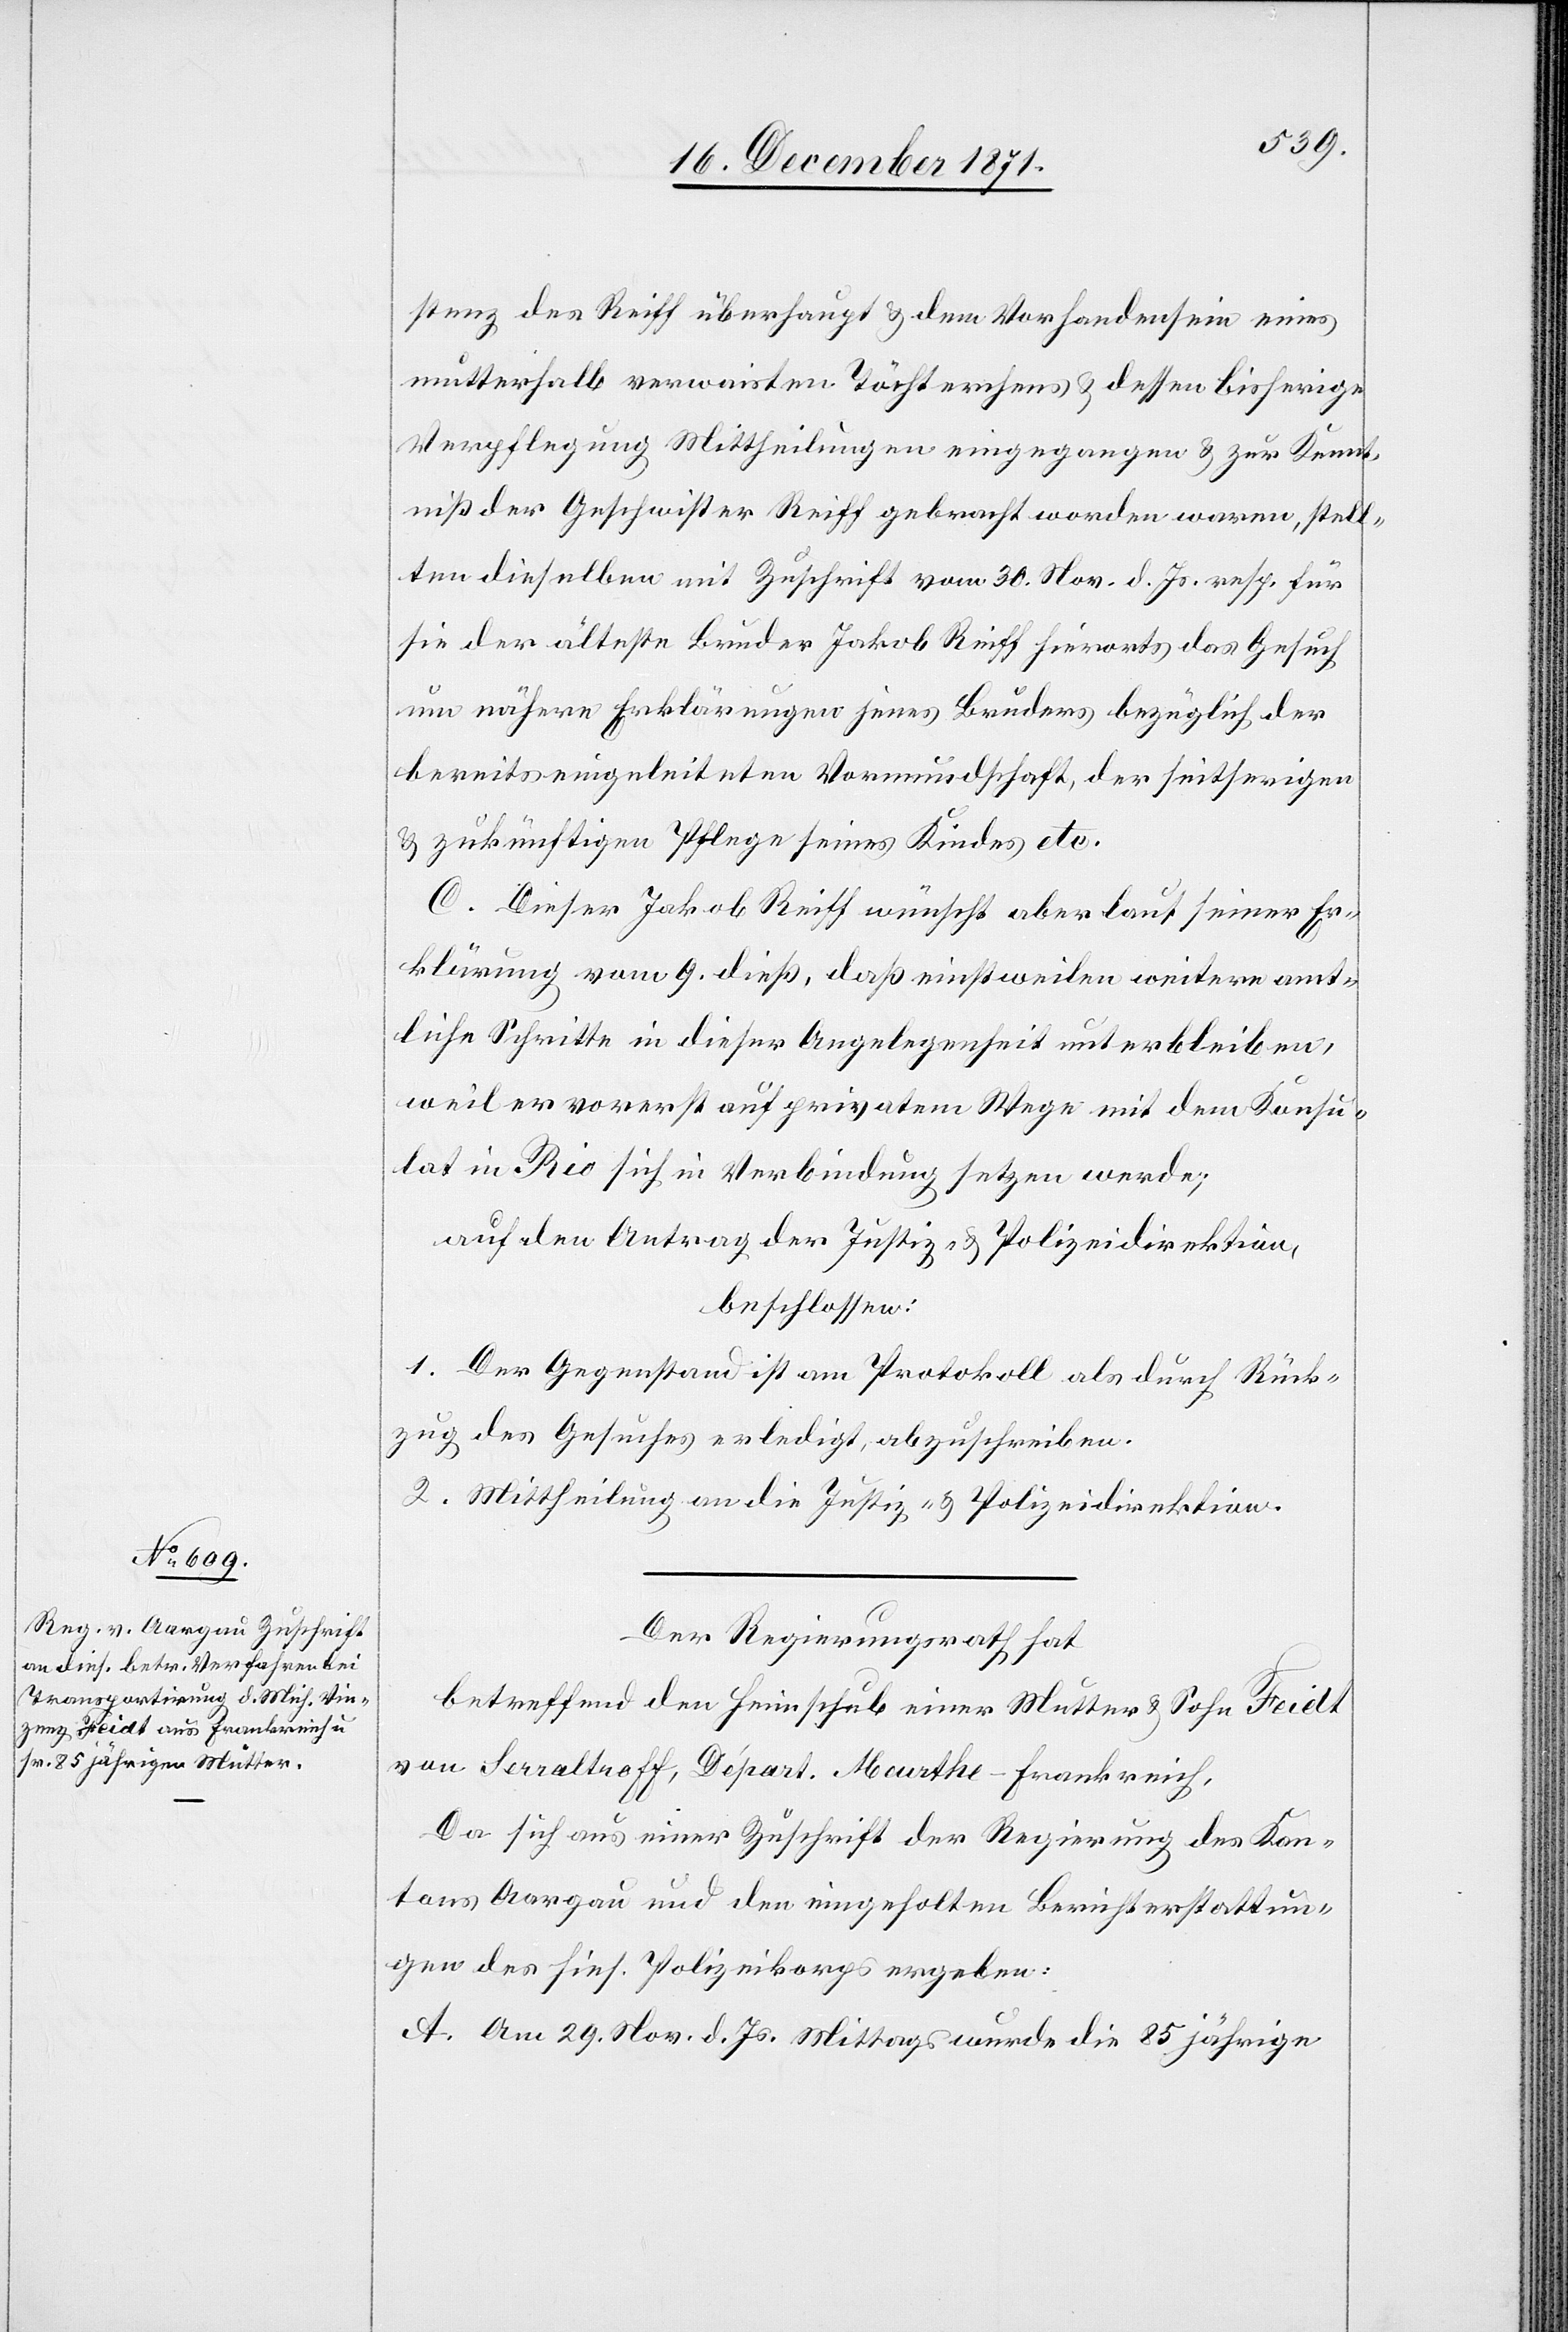
stenz des Reiff überhaupt & dem Vorhandensein eines
mutterhalb verwaisten Töchterchens & dessen bisherige
Verpflegung Mittheilungen eingegangen & zur Kennt¬
niß der Geschwister Reiff gebracht worden waren, stell¬
ten dieselben mit Zuschrift vom 30. Nov. d. Js. resp. für
sie der älteste Bruder Jakob Reiff hierorts das Gesuch
um nähere Erklärungen jenes Bruders bezüglich der
bereits eingeleiteten Vormundschaft, der seitherigen
& zukünftigen Pflege seines Kindes etc.
C. Dieser Jakob Reiff wünscht aber laut seiner Er¬
klärung vom 9. dieß, daß einstweilen weitere amt¬
liche Schritte in dieser Angelegenheit unterbleiben,
weil er vorerst auf privatem Wege mit dem Konsu¬
lat in Rio sich in Verbindung setzen werde;
auf den Antrag der Justiz- & Polizeidirektion,
beschlossen:
1. Der Gegenstand ist am Protokoll als durch Rück¬
zug des Gesuches erledigt, abzuschreiben.
2. Mittheilung an die Justiz- & Polizeidirektion.
Der Regierungsrath hat,
betreffend den Heimschub einer Mutter & Sohn Feidt
da sich aus einer Zuschrift der Regierung des Kan¬
tons Aargau und den eingeholten Berichterstattun¬
gen des hies. Polizeikorps ergeben:
A. Am 29. Nov. d. Js. Mittags wurde die 85 jährige